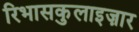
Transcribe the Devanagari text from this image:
रिभासकुलाइज़ार